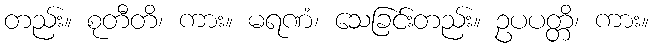
တည်း။ စုတီတိ၊ ကား။ မရဏံ၊ သေခြင်းတည်း။ ဥပပတ္တိ၊ ကား။